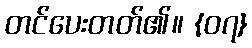
တင်ပေးတတ်၏။ {၀၇}